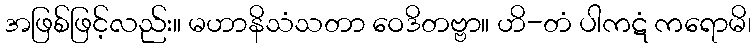
အဖြစ်ဖြင့်လည်း။ မဟာနိသံသတာ ဝေဒိတဗ္ဗာ။ ဟိ-တံ ပါကဋံ ကရောမိ၊